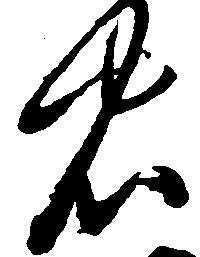
忠